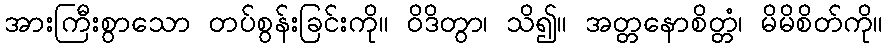
အားကြီးစွာသော တပ်စွန်းခြင်းကို။ ဝိဒိတွာ၊ သိ၍။ အတ္တနောစိတ္တံ၊ မိမိစိတ်ကို။